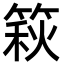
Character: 篍